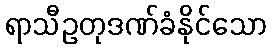
ရာသီဥတုဒဏ်ခံနိုင်သော